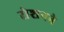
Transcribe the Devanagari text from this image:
रोशनने